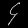
Digit: ၄